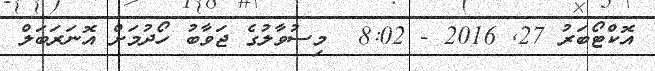
އޮކްޓޯބަރު 27